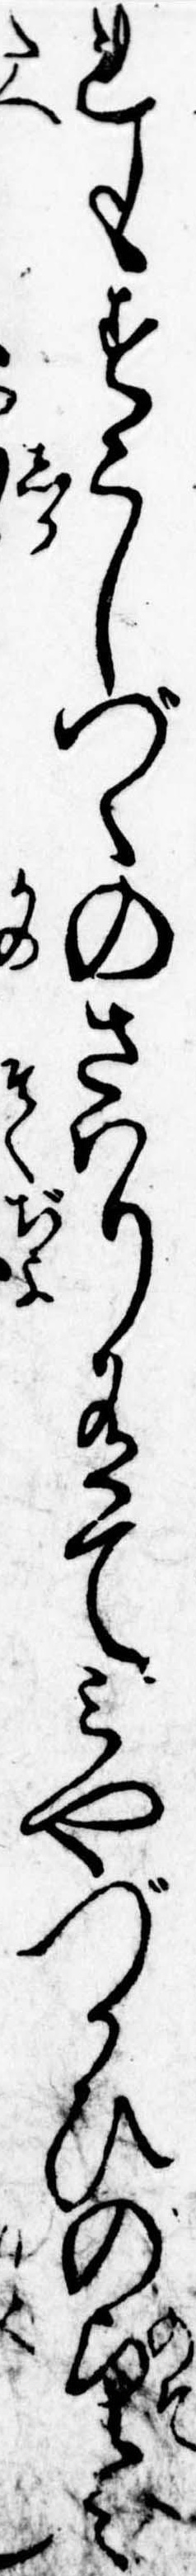
れもすこしづゝのさはり有てみやづかひの望み